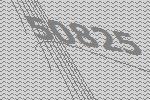
50825